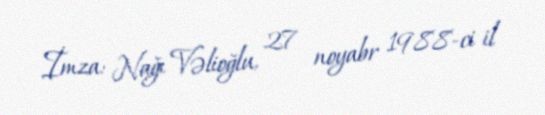
İmza: Nağı Vəlioğlu, 27 noyabr 1988-ci il